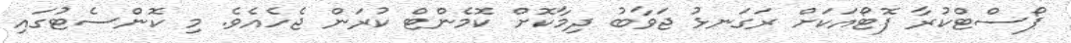
ޕޯސްޓްކުރާ ފޮޓޯއަކަށް ރަގަނޅު ޖަވާބު ދިމާކޮށް ކޮމެންޓް ކުރަން ޖެހެއެވެ. މި ކޮންސެޓުގައި